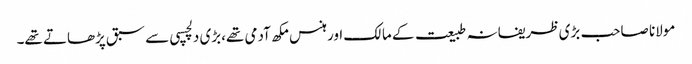
مولانا صاحب بڑی ظریفانہ طبیعت کے مالک اور ہنس مکھ آدمی تھے،بڑی دلچسپی سے سبق پڑھاتے تھے۔